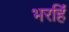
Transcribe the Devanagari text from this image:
भरहिं